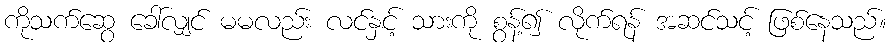
ကိုသက်ဆွေ ခေါ်လျှင် မမလည်း လင်နှင့် သားကို စွန့်၍ လိုက်ရန် အဆင်သင့် ဖြစ်နေသည်။